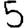
Digit: 5